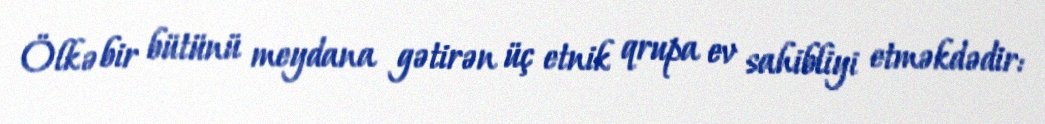
Ölkə bir bütünü meydana gətirən üç etnik qrupa ev sahibliyi etməkdədir: